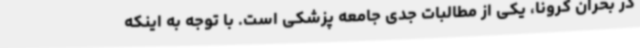
در بحران کرونا، یکی از مطالبات جدی جامعه پزشکی است. با توجه به اینکه